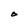
Character: O